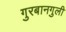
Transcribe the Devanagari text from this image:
गुरबानगुली